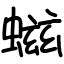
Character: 螆